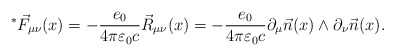
\begin{align*}^*\vec{F}_{\mu\nu}(x)=-\frac{e_0}{4\pi \varepsilon_0 c}\vec{R}_{\mu\nu}(x)=-\frac{e_0}{4\pi \varepsilon_0 c}\partial_{\mu}\vec{n}(x)\wedge\partial_{\nu}\vec{n}(x).\end{align*}